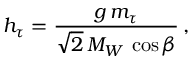
h _ { \tau } = { \frac { g \, m _ { \tau } } { \sqrt { 2 } \, M _ { W } \, \cos { \beta } } } \, ,